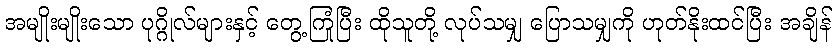
အမျိုးမျိုးသော ပုဂ္ဂိုလ်များနှင့် တွေ့ကြုံပြီး ထိုသူတို့ လုပ်သမျှ ပြောသမျှကို ဟုတ်နိုးထင်ပြီး အချိန်